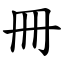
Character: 冊